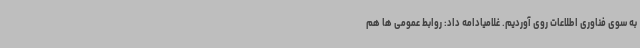
به سوی فناوری اطلاعات روی آوردیم. غلامیادامه داد: روابط عمومی ها هم